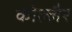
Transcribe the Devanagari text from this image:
कोल्लैर